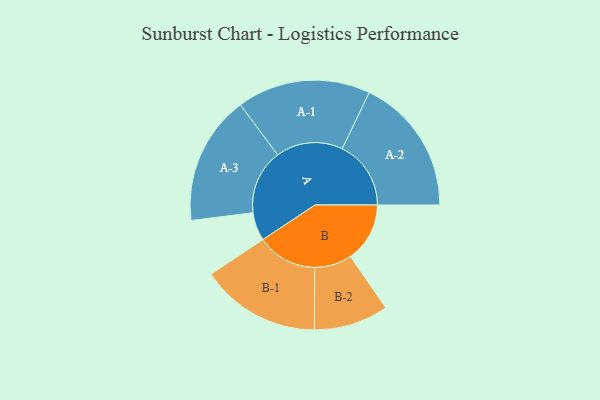
{"axis": {"x": "Segment", "y": "Value"}, "legend": ["", "A", "B"], "data": [{"x": "A", "y": 117, "type": ""}, {"x": "B", "y": 245, "type": ""}, {"x": "A-1", "y": 276, "type": "A"}, {"x": "A-2", "y": 284, "type": "A"}, {"x": "A-3", "y": 267, "type": "A"}, {"x": "B-1", "y": 248, "type": "B"}, {"x": "B-2", "y": 154, "type": "B"}]}